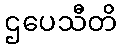
ဌပေသီတိ